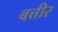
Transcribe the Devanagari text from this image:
बत्तीर